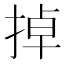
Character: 掉